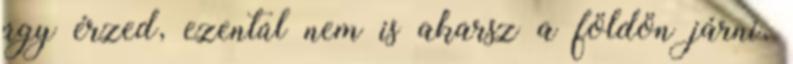
úgy érzed, ezentúl nem is akarsz a földön járni,